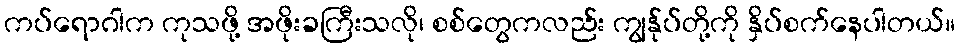
ကပ်ရောဂါက ကုသဖို့ အဖိုးခကြီးသလို၊ စစ်တွေကလည်း ကျွန်ုပ်တို့ကို နှိပ်စက်နေပါတယ်။